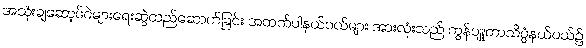
အသုံးချဆော့ဖ်ဝဲများရေးဆွဲတည်ဆောက်ခြင်း အထက်ပါနယ်ပယ်များ အားလုံးသည် ကွန်ပျူတာသိပ္ပံနယ်ပယ်၌